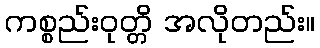
ကစ္စည်းဝုတ္တိ အလိုတည်း။